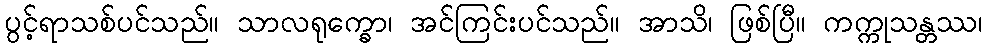
ပွင့်ရာသစ်ပင်သည်။ သာလရုက္ခော၊ အင်ကြင်းပင်သည်။ အာသိ၊ ဖြစ်ပြီ။ ကက္ကုသန္တဿ၊